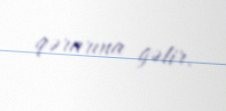
qərarına gəlir.